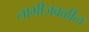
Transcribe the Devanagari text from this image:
नाभीजवळील